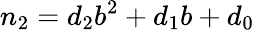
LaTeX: n_{2}=d_{2}b^{2}+d_{1}b+d_{0}